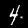
Digit: 4